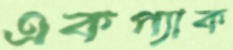
একপ্যাক